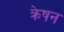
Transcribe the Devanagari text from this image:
क्रेषन